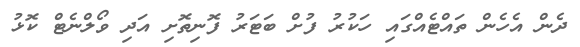
ދެން އެހެން ތައްޓެއްގައި ހަކުރު ފުށް ބަޓަރު ފޮނިތޮށި އަދި ވޯލްނެޓް ކޮޅު